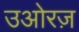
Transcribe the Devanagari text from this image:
उओरज़